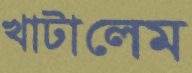
খাটালেম